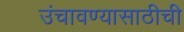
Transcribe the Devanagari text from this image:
उंचावण्यासाठीची